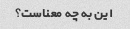
این به چه معناست؟